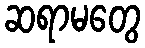
ဆရာမတွေ